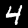
Digit: 4